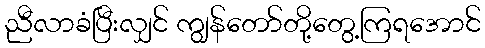
ညီလာခံပြီးလျှင် ကျွန်တော်တို့တွေ့ကြရအောင်